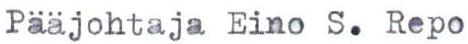
Pääjohtaja Eino S. Repo